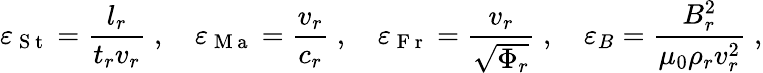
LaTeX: {\varepsilon}_{\mathrm{~S~t~}}=\frac{l_{r}}{t_{r}v_{r}}\; ,\quad{\varepsilon}_{\mathrm{~M~a~}}=\frac{v_{r}}{c_{r}}\; ,\quad{\varepsilon}_{\mathrm{~F~r~}}=\frac{v_{r}}{\sqrt{\Phi_{r}}}\; ,\quad{\varepsilon}_{B}=\frac{B_{r}^{2}}{\mu_{0}\rho_{r}v_{r}^{2}}\; ,